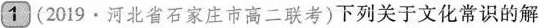
1(2019·河北省石家庄市高二联考)下列关于文化常识的解